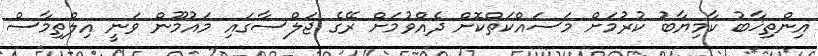
އިންތިޚާބު ކާމިޔާބު ކުރުމަށް މަސައްކަތްކޮށް ދެއްވުމަށް ރޭގެ ޖަލްސާގައި މައުމޫން ވަނީ އިލްތިމާސް